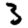
Digit: 3